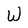
Character: W